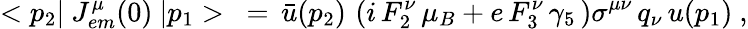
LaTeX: <p_{2}|\ J_{em}^{\mu}(0)\ |p_{1}>\ =\, \bar{u}(p_{2})\, \left(i\, F_{2}^{\nu}\, \mu_{B}+e\, F_{3}^{\nu}\, \gamma_{5}\, \right)\sigma^{\mu\nu}\, q_{\nu}\, u(p_{1})\ ,